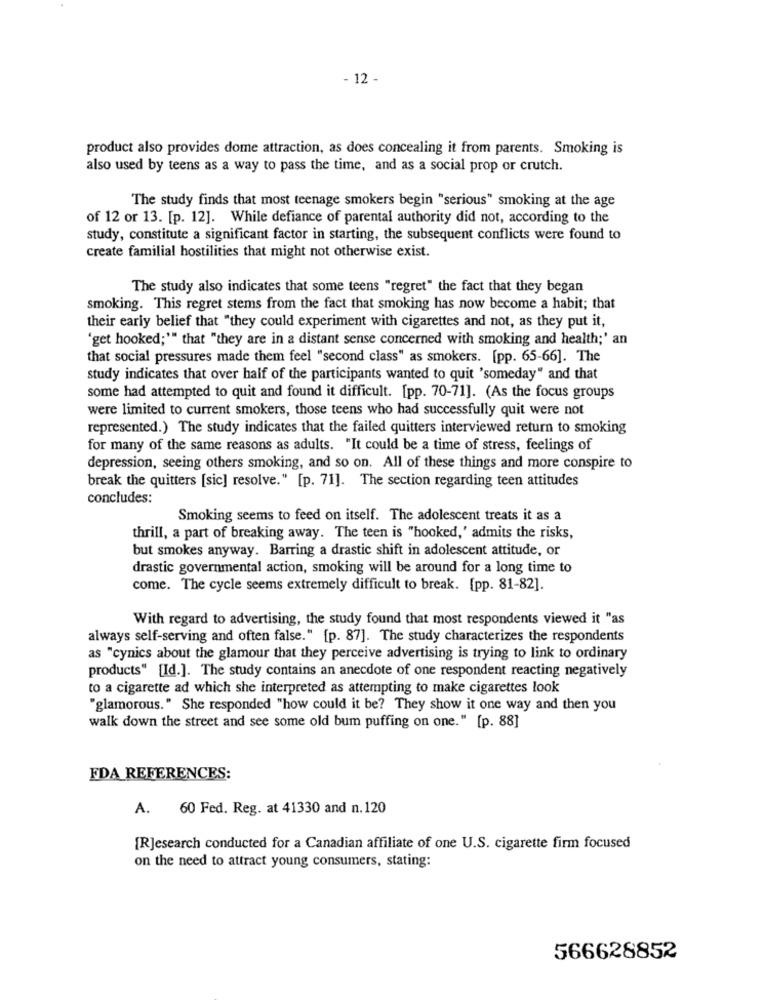
- 12 -
product also provides dome attraction, as does concealing it from parents. Smoking is
also used by teens as a way to pass the time, and as a social prop or crutch.
The study finds that most teenage smokers begin "serious" smoking at the age
of 12 or 13. [p. 12]. While defiance of parental authority did not, according to the
study, constitute a significant factor in starting, the subsequent conflicts were found to
create familial hostilities that might not otherwise exist.
The study also indicates that some teens "regret" the fact that they began
smoking. This regret stems from the fact that smoking has now become a habit; that
their early belief that "they could experiment with cigarettes and not, as they put it,
'get hooked;"" that "they are in a distant sense concerned with smoking and health;' an
that social pressures made them feel "second class" as smokers. [pp. 65-66]. The
study indicates that over half of the participants wanted to quit 'someday" and that
some had attempted to quit and found it difficult. [pp. 70-71]. (As the focus groups
were limited to current smokers, those teens who had successfully quit were not
represented.) The study indicates that the failed quitters interviewed return to smoking
for many of the same reasons as adults. "It could be a time of stress, feelings of
depression, seeing others smoking, and so on. All of these things and more conspire to
break the quitters [sic] resolve." [p. 71]. The section regarding teen attitudes
concludes:
Smoking seems to feed on itself. The adolescent treats it as a
thrill, a part of breaking away. The teen is "hooked,' admits the risks,
but smokes anyway. Barring a drastic shift in adolescent attitude, or
drastic governmental action, smoking will be around for a long time to
come. The cycle seems extremely difficult to break. [pp. 81-82].
With regard to advertising, the study found that most respondents viewed it "as
always self-serving and often false." [p. 87]. The study characterizes the respondents
as "cynics about the glamour that they perceive advertising is trying to link to ordinary
products" [Id.]. The study contains an anecdote of one respondent reacting negatively
to a cigarette ad which she interpreted as attempting to make cigarettes look
"glamorous." She responded "how could it be? They show it one way and then you
walk down the street and see some old bum puffing on one." [p. 88]
FDA REFERENCES:
A. 60 Fed. Reg. at 41330 and n.120
[R]esearch conducted for a Canadian affiliate of one U.S. cigarette firm focused
on the need to attract young consumers, stating:
566628852